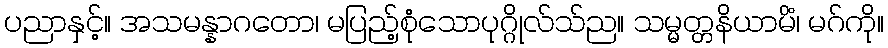
ပညာနှင့်။ အသမန္နာဂတော၊ မပြည့်စုံသောပုဂ္ဂိုလ်သ်ည။ သမ္မတ္တနိယာမိံ၊ မဂ်ကို။